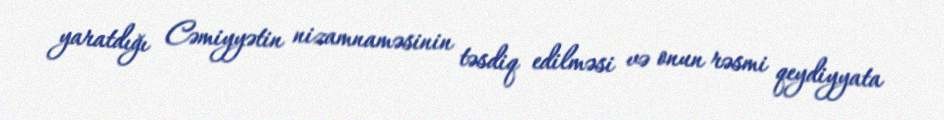
yaratdığı Cəmiyyətin nizamnaməsinin təsdiq edilməsi və onun rəsmi qeydiyyata